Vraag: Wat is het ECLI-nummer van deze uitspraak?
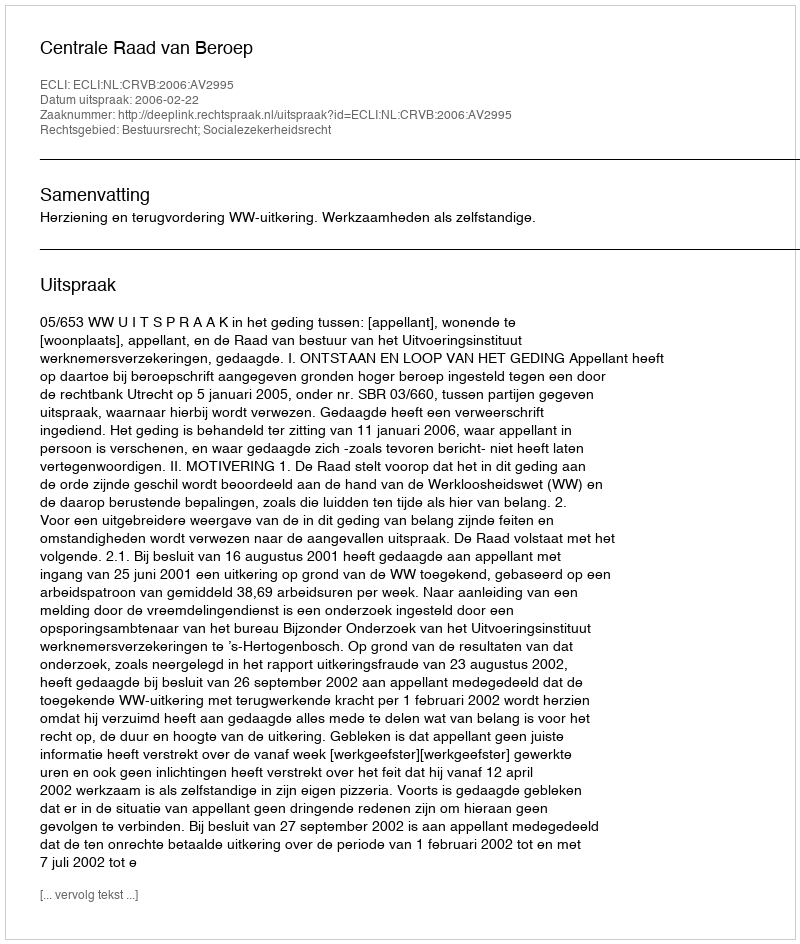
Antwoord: ECLI:NL:CRVB:2006:AV2995